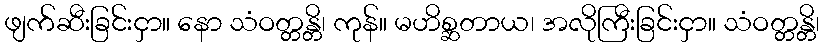
ဖျက်ဆီးခြင်းငှာ။ နော သံဝတ္တန္တိ၊ ကုန်။ မဟိစ္ဆတာယ၊ အလိုကြီးခြင်းငှာ။ သံဝတ္တန္တိ၊